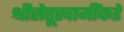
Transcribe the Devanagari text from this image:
श्रीसेतूस्वामींकडे